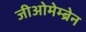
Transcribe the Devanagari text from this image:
जीओमेम्ब्रेन